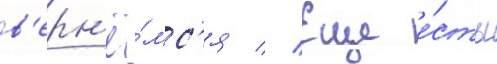
в'ерн'ё́мс'я // Еще е́сть